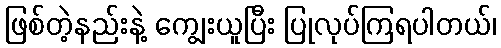
ဖြစ်တဲ့နည်းနဲ့ ကျွေးယူပြီး ပြုလုပ်ကြရပါတယ်၊